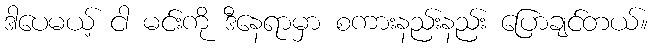
ဒါပေမယ့် ငါ မင်းကို ဒီနေရာမှာ စကားနည်းနည်း ပြောချင်တယ်။